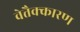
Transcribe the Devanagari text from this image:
वेत्तैक्कारण